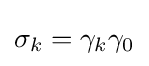
\sigma _{k}=\gamma _{k}\gamma _{0}